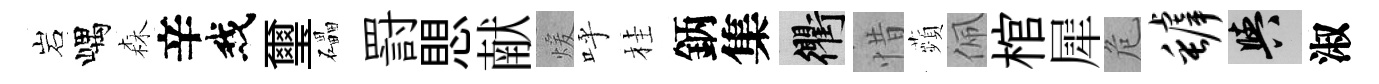
岩嵎森辛我璽礧罸愳献煖呼桂鈵集衢惜蘋佩棺犀危罅阳淑